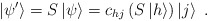
\begin{align*}\left|\psi '\right>=S\left|\psi\right>=c_{hj}\left(S\left|h\right>\right)\left|j\right>\;.\end{align*}